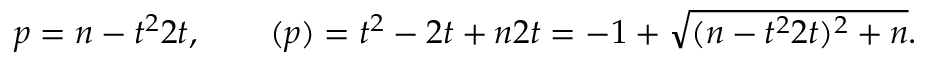
p = { n - t ^ { 2 } \o { 2 t } } , \qquad \b ( p ) = { t ^ { 2 } - 2 t + n \o { 2 t } } = - 1 + \sqrt { ( { n - t ^ { 2 } \o { 2 t } } ) ^ { 2 } + n } .